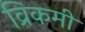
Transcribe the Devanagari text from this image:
व्रिकमी